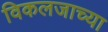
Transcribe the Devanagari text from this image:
विकलजाच्या